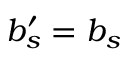
b _ { s } ^ { \prime } = b _ { s }